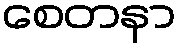
စေတနာ